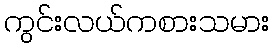
ကွင်းလယ်ကစားသမား